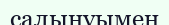
салынуымен